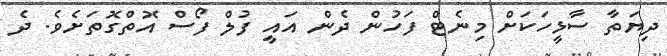
ދިޔަތާ ސާޅީހަކަށް މިނެޓް ފަހުން ދެން އައީ ފުލް ފޯސް އޮތްގޮތަށެވެ. ދެ